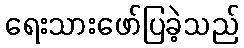
ရေးသားဖော်ပြခဲ့သည်